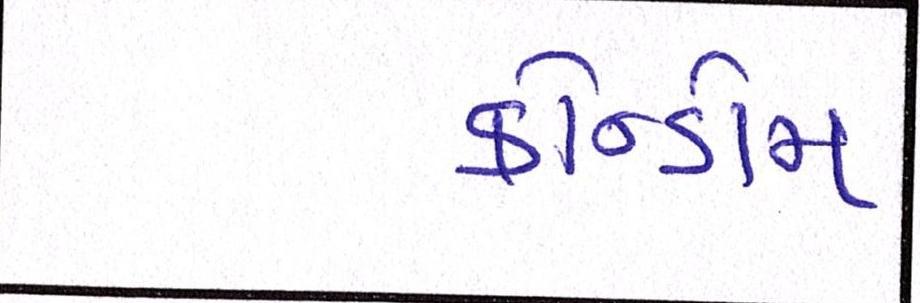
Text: કોન્ડોમ